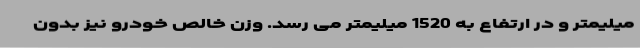
میلیمتر و در ارتفاع به 1520 میلیمتر می رسد. وزن خالص خودرو نیز بدون